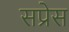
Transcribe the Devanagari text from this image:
सप्रेस